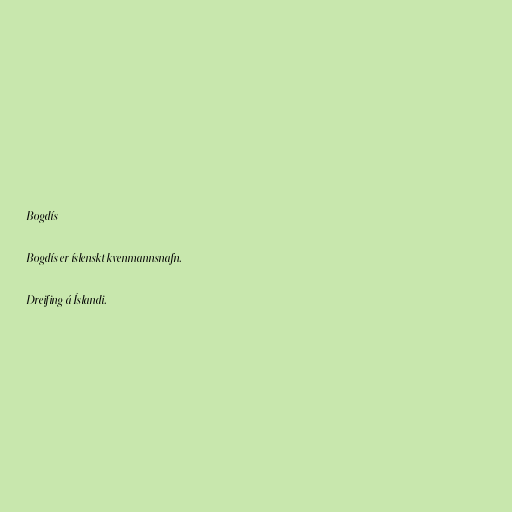
Bogdís

Bogdís er íslenskt kvenmannsnafn.

Dreifing á Íslandi.